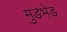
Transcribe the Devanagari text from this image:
मुडभेड़